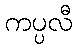
ကပ္ပလီ